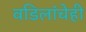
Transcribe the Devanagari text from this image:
वडिलांचेही